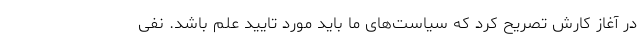
در آغاز کارش تصریح کرد که سیاست‌های ما باید مورد تایید علم باشد. نفی